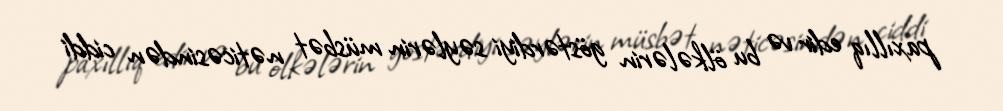
paxıllıq edir və bu ölkələrin göstərdiyi səylərin müsbət nəticəsindən ciddi